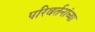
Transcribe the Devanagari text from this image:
परिवर्तनांच्या